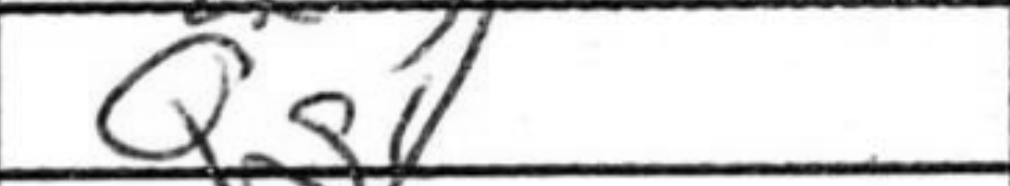
Transcription: Qg4